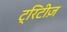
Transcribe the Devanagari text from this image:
ट्रिटीज़